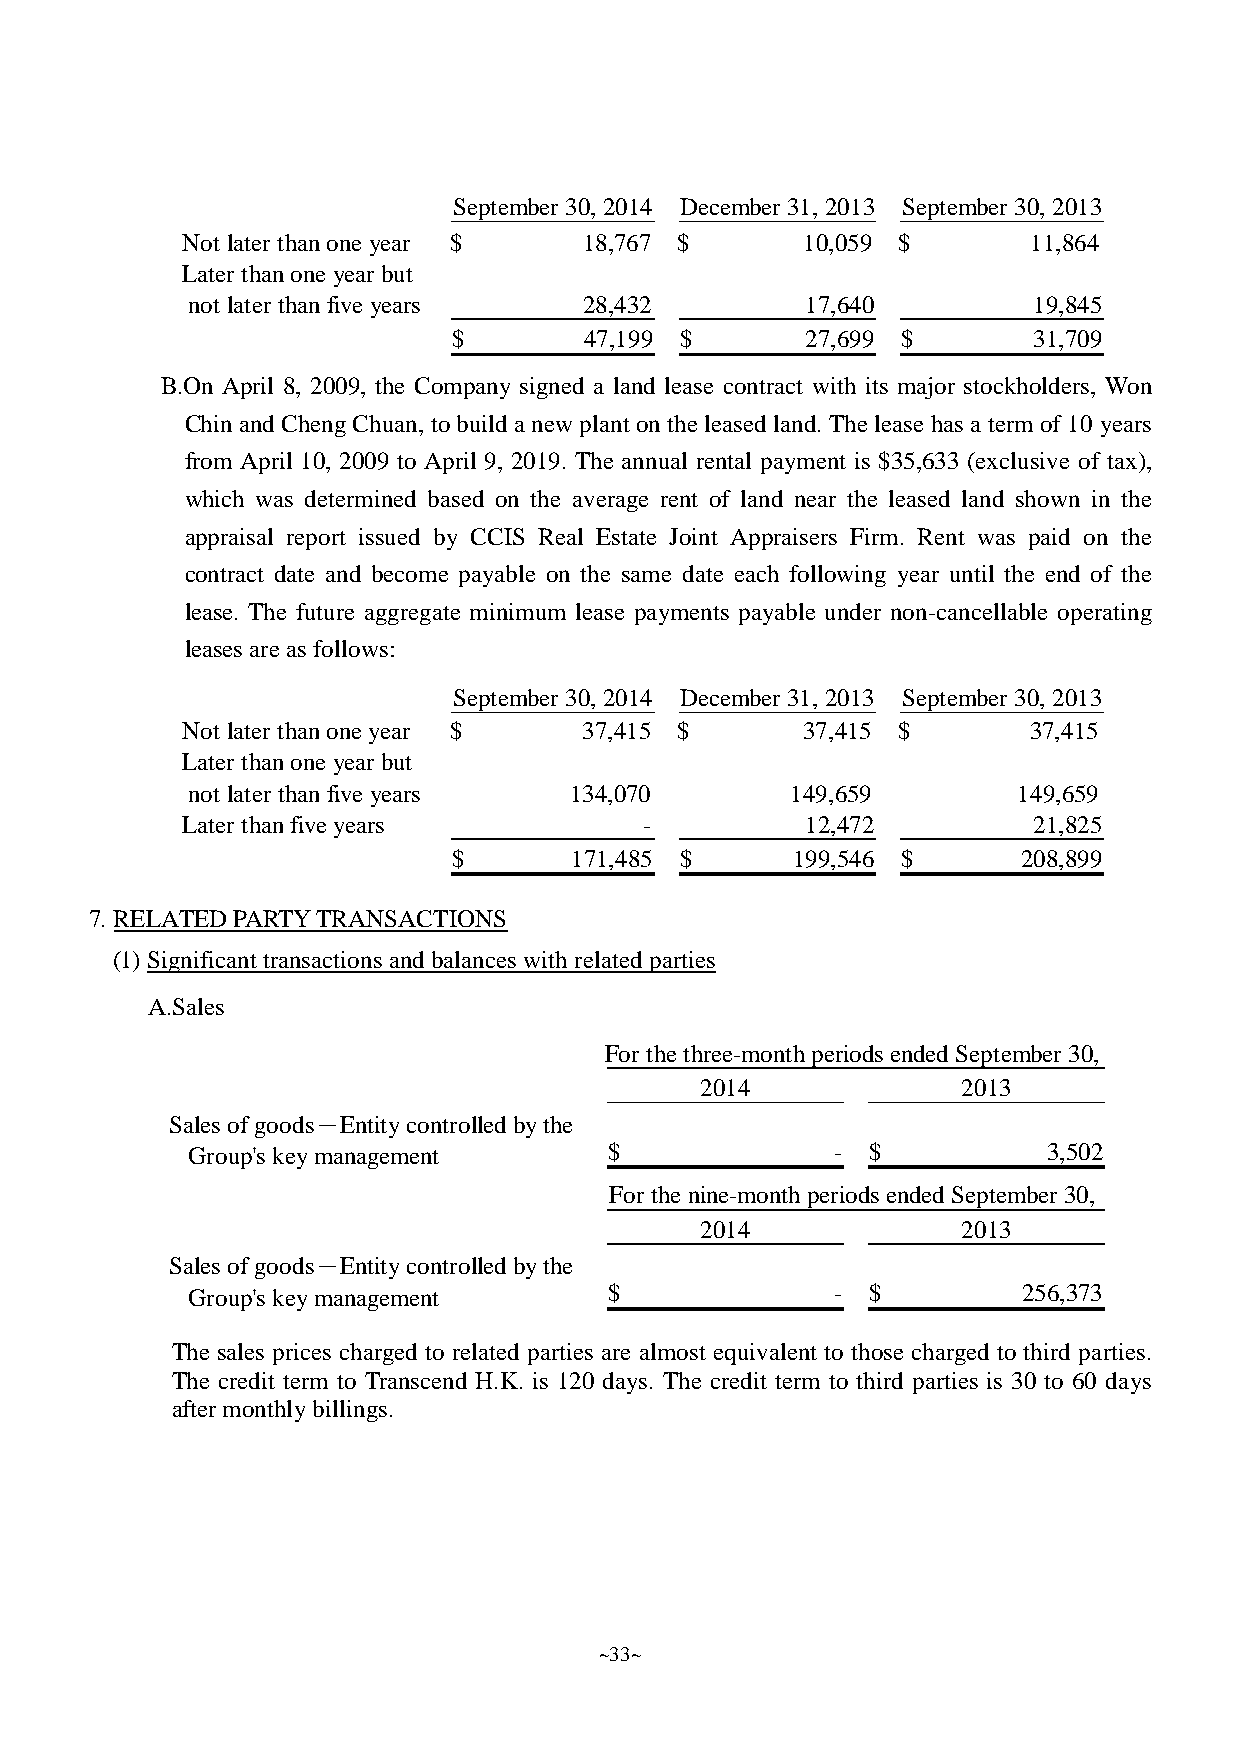
September 30, 2014 December 31, 2013 September 30, 2013
 Not later thanone year $   18,767 $      10,059 $       11,864
 Later thanone year but
 not later thanfive years   28,432        17,640         19,845
 $        47,199 $      27,699 $       31,709
 B.On April 8, 2009, the Company signed a land lease contract with its major stockholders, Won
 ChinandChengChuan, tobuildanewplant ontheleasedland. The lease has a term of10 years
 from April 10, 2009 to April 9, 2019. The annual rental payment is $35,633 (exclusive of tax),
 which was determined based on the average rent of land near the leased land shown in the
 appraisal report issued by CCIS Real Estate Joint Appraisers Firm. Rent was paid on the
 contract date and become payable on the same date each following year until the end of the
 lease. The future aggregate minimum lease payments payable under non-cancellable operating
 leases areas follows:
 September 30, 2014 December 31, 2013 September 30, 2013
 Not later thanone year $   37,415 $      37,415 $       37,415
 Later thanone year but
 not later thanfive years  134,070       149,659        149,659
 Later thanfive years           -         12,472         21,825
 $       171,485 $     199,546 $       208,899
 7.RELATEDPARTYTRANSACTIONS
 (1)Significant transactions andbalances withrelated parties
 A.Sales
 For the three-monthperiodsended September 30,
 2014              2013
 Salesofgoods－Entitycontrolled bythe
 Group'skeymanagement        $              -  $          3,502
 For the nine-monthperiodsended September 30,
 2014              2013
 Salesofgoods－Entitycontrolled bythe
 Group'skeymanagement        $              -  $         256,373
 The sales prices charged to related parties are almost equivalent to those charged to third parties.
 The credit term to Transcend H.K. is 120 days. The credit term to third parties is 30 to 60 days
 aftermonthlybillings.
 ~33~